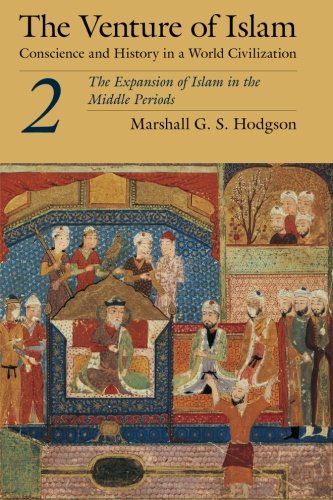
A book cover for The Venture of Islam, Volume 2: The Expansion of Islam in the Middle Periods; Marshall G. S. Hodgson; Religion & Spirituality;